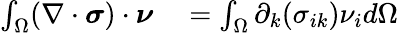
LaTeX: \begin{array}{rl}{\int_{\Omega}(\nabla\cdot\boldsymbol{\sigma})\cdot\boldsymbol{\nu}}&{{}=\int_{\Omega}\partial_{k}(\sigma_{ik})\nu_{i}d\Omega}\end{array}